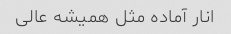
انار آماده مثل همیشه عالی